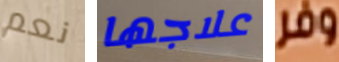
نعم علاجها وفر